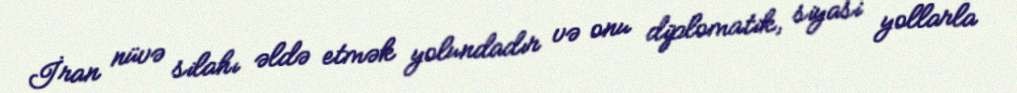
İran nüvə silahı əldə etmək yolundadır və onu diplomatik, siyasi yollarla